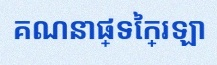
គណនាផ្ទៃក្រឡា